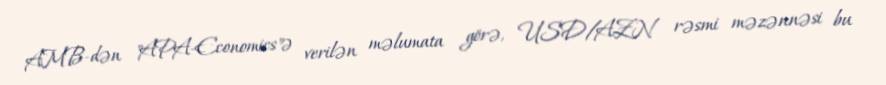
AMB-dən "APA-Economics"ə verilən məlumata görə, USD/AZN rəsmi məzənnəsi bu